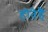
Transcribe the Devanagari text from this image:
होतेहैं